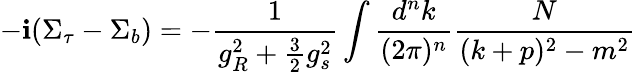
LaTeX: -\mathbf{i}(\Sigma_{\tau}-\Sigma_{b})=-\frac{{1}}{{g_{R}^{2}+\frac{{3}}{{2}}g_{s}^{2}}}\int\frac{{d^{n}k}}{{(2\pi)^{n}}}\frac{{N}}{{(k+p)^{2}-m^{2}}}